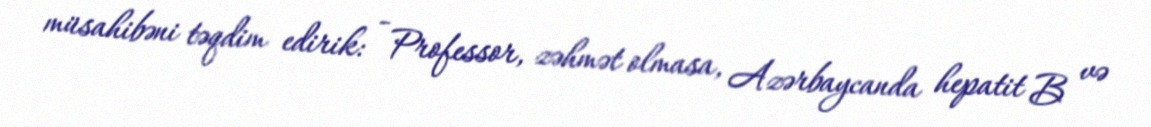
müsahibəni təqdim edirik: - Professor, zəhmət olmasa, Azərbaycanda hepatit B və